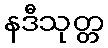
နဒီသုတ္တ